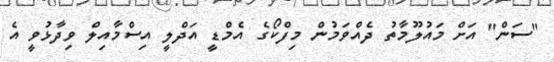
"ސަން" އަށް މައުލޫމާތު ދެއްވަމުން މިފްކޯގެ އެމްޑީ އަދްލީ އިސްމާއިލް ވިދާޅުވީ އެ